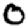
Digit: 0